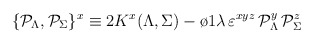
\begin{align*}\{{\cal P}_\Lambda, {\cal P}_\Sigma\}^x \equiv 2 K^x (\Lambda,\Sigma) - {\o{1}{\lambda}} \, \varepsilon^{xyz} \,{\cal P}_\Lambda^y \, {\cal P}_\Sigma^z\end{align*}